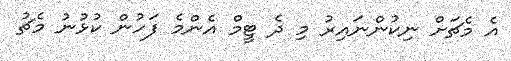
އެ މެޗަށް ނިކުންނައިރު މި ދެ ޓީމް އެންމެ ފަހުން ކުޅުނު މެޗު